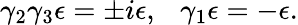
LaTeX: \gamma_{2}\gamma_{3}\epsilon=\pm i\epsilon,\ \ \ \gamma_{1}\epsilon=-\epsilon.